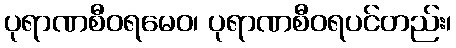
ပုရာဏစီဝရမေဝ၊ ပုရာဏစီဝရပင်တည်း၊